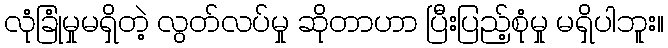
လုံခြုံမှုမရှိတဲ့ လွတ်လပ်မှု ဆိုတာဟာ ပြီးပြည့်စုံမှု မရှိပါဘူး။